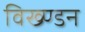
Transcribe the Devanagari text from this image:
विख्ण्डन